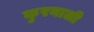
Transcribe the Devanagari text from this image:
कुरनाली